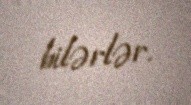
bilərlər.